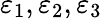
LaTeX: \varepsilon_{1},\varepsilon_{2},\varepsilon_{3}